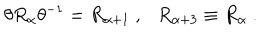
\theta R _ { \alpha } \theta ^ { - 1 } = R _ { \alpha + 1 } ~ , R _ { \alpha + 3 } \equiv R _ { \alpha } ~ .